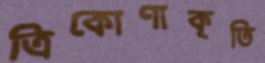
ত্রিকোণাকৃতি